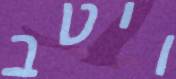
ויטב